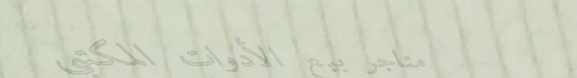
متاجر بيع الأدوات المكتبي